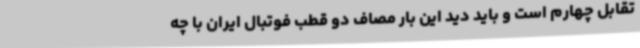
تقابل چهارم است و باید دید این بار مصاف دو قطب فوتبال ایران با چه